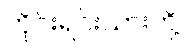
တိုင်းရင်းသားတို့